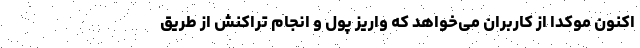
اکنون موکدا از کاربران می‌خواهد که واریز پول و انجام تراکنش از طریق